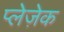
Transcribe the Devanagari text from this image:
प्लेज़ेक